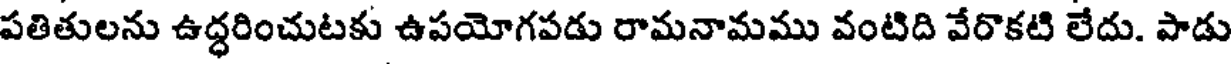
పతితులను ఉద్ధరించుటకు ఉపయోగపడు రామనామము వంటిది వేరొకటి లేదు. పాడు